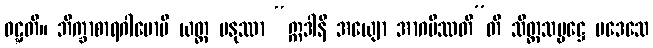
ဝဋ္ဋတိ။ ဘိက္ခာစာရဂါမောပိ ယတ္ထ မနုဿာ “ဣဒါနိ အယျော အာဂမိဿတီ”တိ သိတ္တသမ္မဋ္ဌေ ပဒေသေ